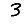
Digit: 3